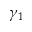
\gamma _ { 1 }